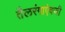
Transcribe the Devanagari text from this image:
तैलरंगाऐवजी